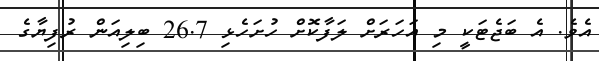
އެވެ. އެ ބަޖެޓަކީ މި އަހަރަށް ލަފާކޮށް ހުށަހެޅި 26.7 ބިލިއަން ރުފިޔާގެ